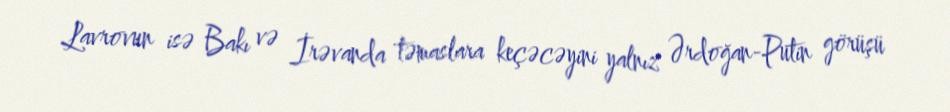
Lavrovun isə Bakı və İrəvanda təmaslara keçəcəyini yalnız Ərdoğan-Putin görüşü